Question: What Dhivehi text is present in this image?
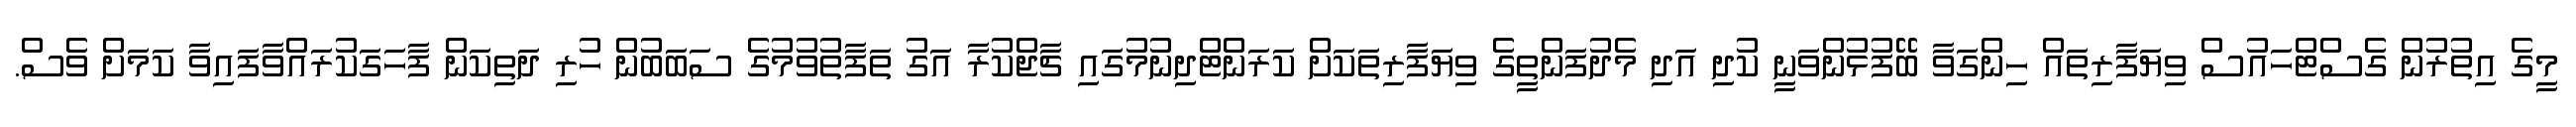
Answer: މީގެ އިތުރުން ގެސްޓްހައުސް ވިޔަފާރިތައް ހިންގަވާ ބޭފުޅުންވަނީ ކުދި އަދި މެދުފަންތީގެ ވިޔަފާރިތަކަށް ކަރަންޓްދިނުމުގައި ޗާޖްކުރާ އަގު ތަފާތުވުމުގެ ސަބަބުން ހުރި ދަތިކަން ފާހަގަކުރައްވާފައިވާ ކަމަށް ވެސް.